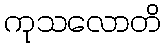
ကုသလောတိ